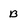
Character: B